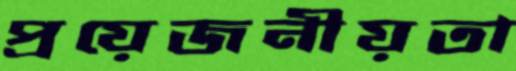
প্রয়েজনীয়তা